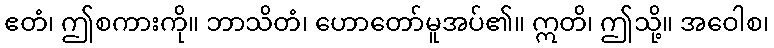
ဧတံ၊ ဤစကားကို။ ဘာသိတံ၊ ဟောတော်မူအပ်၏။ ဣတိ၊ ဤသို့။ အဝေါစ၊